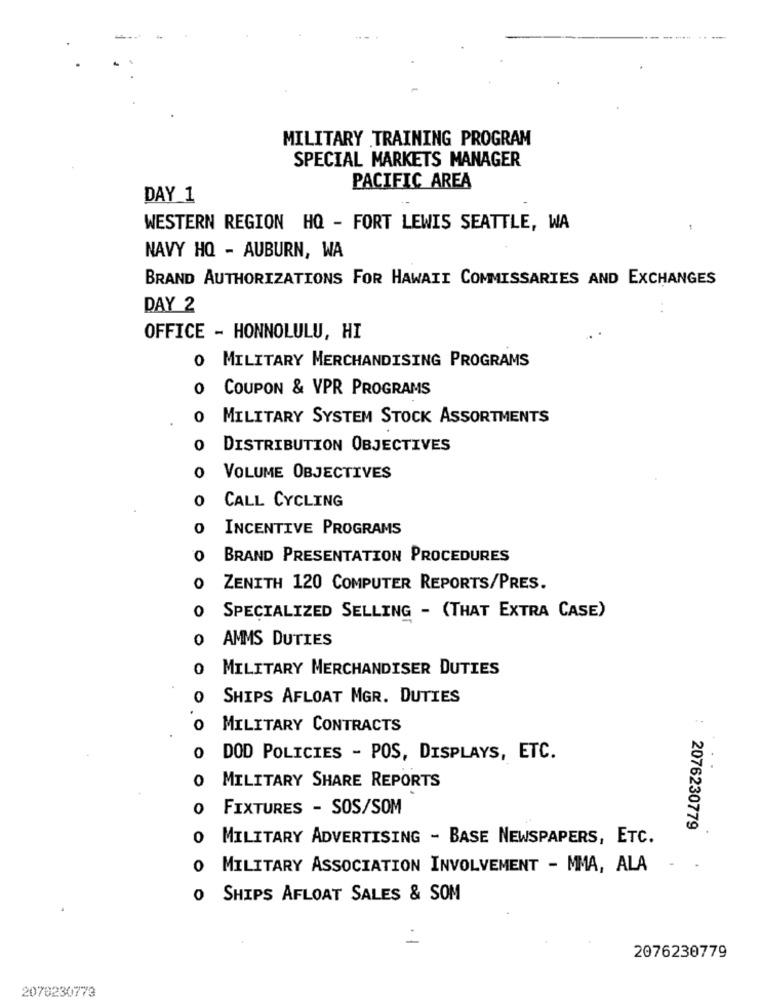
MILITARY TRAINING PROGRAM
SPECIAL MARKETS MANAGER
PACIFIC AREA
DAY 1
WESTERN REGION HQ - FORT LEWIS SEATTLE, WA
NAVY HQ - AUBURN, WA
BRAND AUTHORIZATIONS FOR HAWAII COMMISSARIES AND EXCHANGES
DAY 2
OFFICE - HONNOLULU, HI
0 MILITARY MERCHANDISING PROGRAMS
0
COUPON & VPR PROGRAMS
0 MILITARY SYSTEM STOCK ASSORTMENTS
0
DISTRIBUTION OBJECTIVES
0
VOLUME OBJECTIVES
0
CALL CYCLING
INCENTIVE PROGRAMS
0
BRAND PRESENTATION PROCEDURES
0
ZENITH 120 COMPUTER REPORTS/PRES.
0
SPECIALIZED SELLING - (THAT EXTRA CASE)
0 AMMS DUTIES
0
MILITARY MERCHANDISER DUTIES
0
SHIPS AFLOAT MGR. DUTIES
0
MILITARY CONTRACTS
0
DOD POLICIES - POS, DISPLAYS, ETC.
O MILITARY SHARE REPORTS
FIXTURES - SOS/SOM
:2076230779
0
MILITARY ADVERTISING - BASE NEWSPAPERS, ETC.
0
MILITARY ASSOCIATION INVOLVEMENT - MMA, ALA
0
SHIPS AFLOAT SALES & SOM
2076230779
2070230773